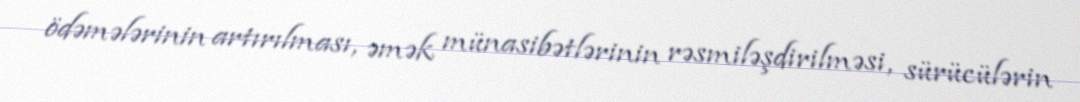
ödəmələrinin artırılması, əmək münasibətlərinin rəsmiləşdirilməsi, sürücülərin